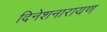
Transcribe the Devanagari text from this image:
दिनेशनारायण